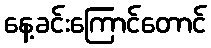
နေ့ခင်းကြောင်တောင်